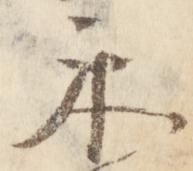
示